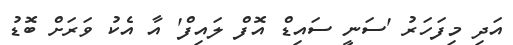
އަދި މިފަހަރު 'ސަނީ ސައިޑް އޮފް ލައިފް' އާ އެކު ވަރަށް ބޮޑު